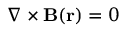
\nabla \times \mathbf { B } ( \mathbf { r } ) = 0